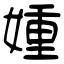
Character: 媑